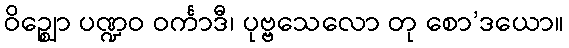
ဝိဉ္ဈော ပဏ္ဍဝ ဝင်္ကာဒီ၊ ပုဗ္ဗသေလော တု စော’ဒယော။